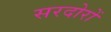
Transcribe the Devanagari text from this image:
सरदोरों